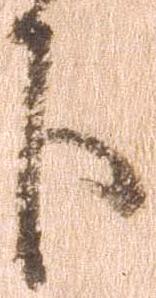
下